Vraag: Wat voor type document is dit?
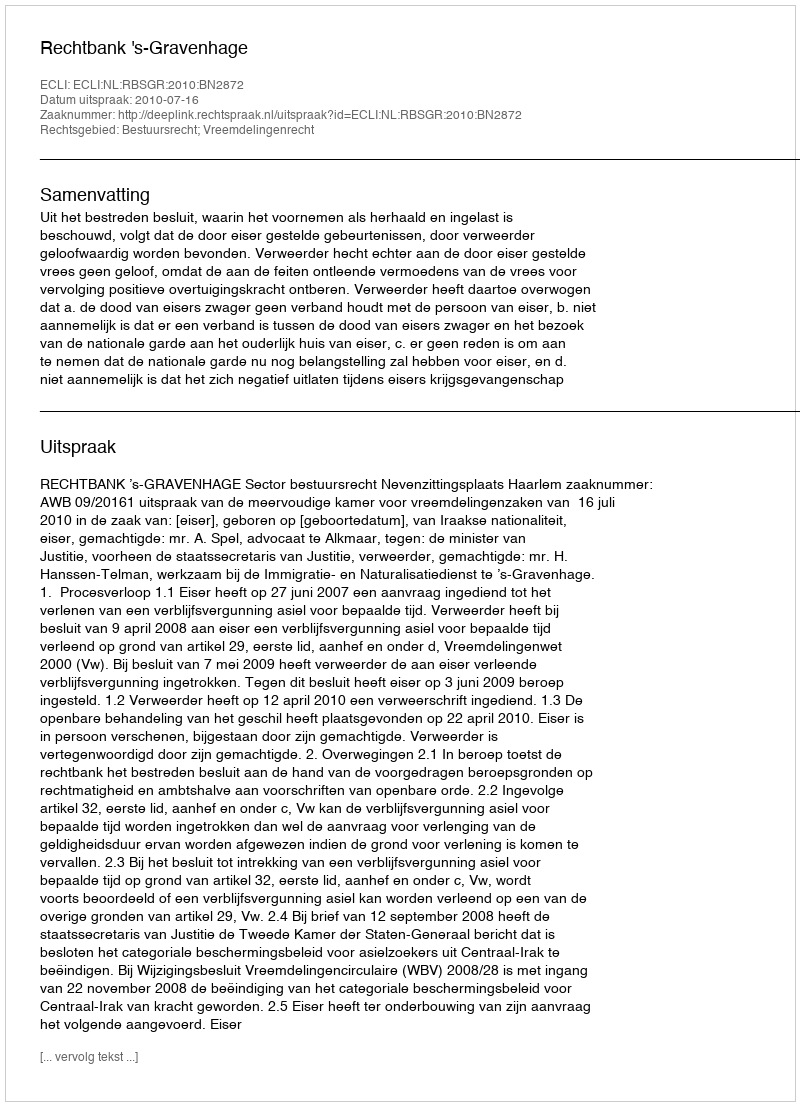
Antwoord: Uitspraak